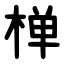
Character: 椫